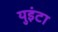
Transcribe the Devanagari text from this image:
युइंटा